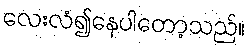
လေးလံ၍နေပါတော့သည်။